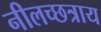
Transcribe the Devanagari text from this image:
नीलच्छत्राय